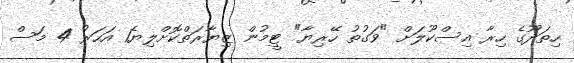
ހިތަދޫގެ ހިރާ އިސްކޫލަށް "ވަގުތު ހޭރިޔާ" ޓީމުން ޒިޔާރަތްކޮށްލިޔެ1 އަހަރު 4 މަސް